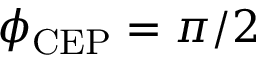
\protect \phi _ { \mathrm { C E P } } = \protect \pi / 2